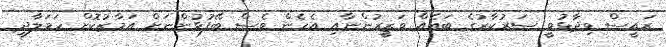
ރައީސް ވިދާޅުވީ ސަރުކާރުގެ ބައެއް ވަޒީރުންނާއި އެހެން ވެސް ބޭފުޅުންނަށް އަމާޒުކޮށް ހަމަލާދީ